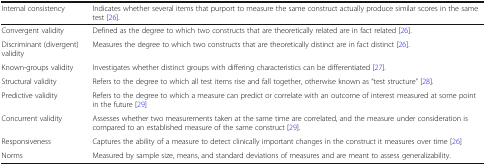
<table><thead><tr><td><b>Internal consistency</b></td><td><b>Indicates whether several items that purport to measure the same construct actually produce similar scores in the same test [26].</b></td></tr></thead><tbody><tr><td>Convergent validity</td><td>Defined as the degree to which two constructs that are theoretically related are in fact related [26].</td></tr><tr><td>Discriminant (divergent) validity</td><td>Measures the degree to which two constructs that are theoretically distinct are in fact distinct [26].</td></tr><tr><td>Known-groups validity</td><td>Investigates whether distinct groups with differing characteristics can be differentiated [27].</td></tr><tr><td>Structural validity</td><td>Refers to the degree to which all test items rise and fall together, otherwise known as “test structure” [28].</td></tr><tr><td>Predictive validity</td><td>Refers to the degree to which a measure can predict or correlate with an outcome of interest measured at some point in the future [29]</td></tr><tr><td>Concurrent validity</td><td>Assesses whether two measurements taken at the same time are correlated, and the measure under consideration is compared to an established measure of the same construct [29].</td></tr><tr><td>Responsiveness</td><td>Captures the ability of a measure to detect clinically important changes in the construct it measures over time [26]</td></tr><tr><td>Norms</td><td>Measured by sample size, means, and standard deviations of measures and are meant to assess generalizability.</td></tr></tbody></table>